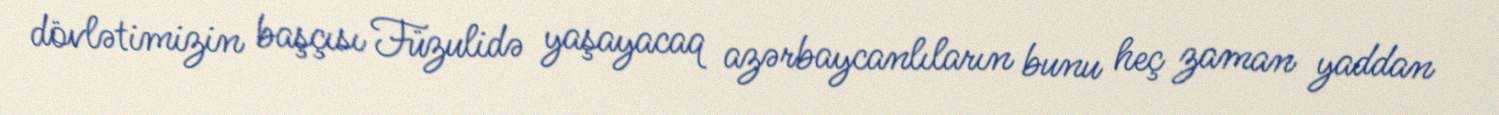
dövlətimizin başçısı Füzulidə yaşayacaq azərbaycanlıların bunu heç zaman yaddan